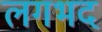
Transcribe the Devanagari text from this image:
लगभद